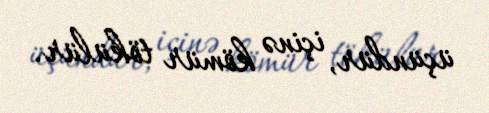
üçündür, içinə kömür tökülür.